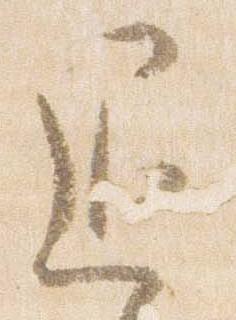
退